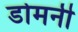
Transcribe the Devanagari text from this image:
डोमनी